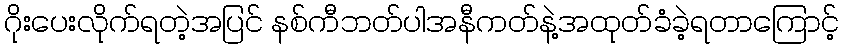
ဂိုးပေးလိုက်ရတဲ့အပြင် နစ်ကီဘတ်ပါအနီကတ်နဲ့အထုတ်ခံခဲ့ရတာကြောင့်